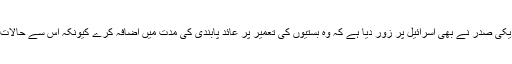
اس پابندی کی مدت اتوار کو ختم ہو رہی ہے اور امریکی صدر نے بھی اسرائیل پر زور دیا ہے کہ وہ بستیوں کی تعمیر پر عائد پابندی کی مدت میں اضافہ کرے کیونکہ اس سے حالات پر فرق پڑا ہے اور مذاکرات کا ماحول بہتر ہوا ہے۔